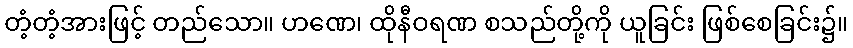
တံ့တံ့အားဖြင့် တည်သော။ ဟဏေ၊ ထိုနီဝရဏ စသည်တို့ကို ယူခြင်း ဖြစ်စေခြင်း၌။